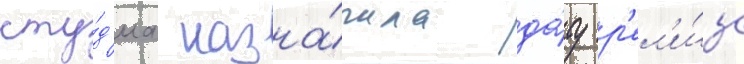
сту́д'иа назна́чила да́ту р'ел'и́за